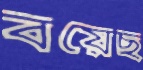
বয়েছ